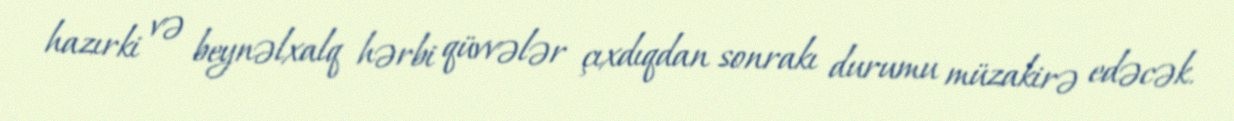
hazırki və beynəlxalq hərbi qüvvələr çıxdıqdan sonrakı durumu müzakirə edəcək.